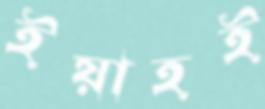
ইয়াহই